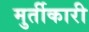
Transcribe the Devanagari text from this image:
मुर्तीकारी